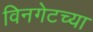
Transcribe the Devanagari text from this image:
विनगेटच्या